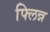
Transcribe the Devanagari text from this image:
फ्लिन्न